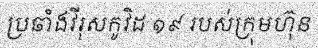
ប្រឆាំងវីរុសកូវិដ ១៩ របស់ក្រុមហ៊ុន